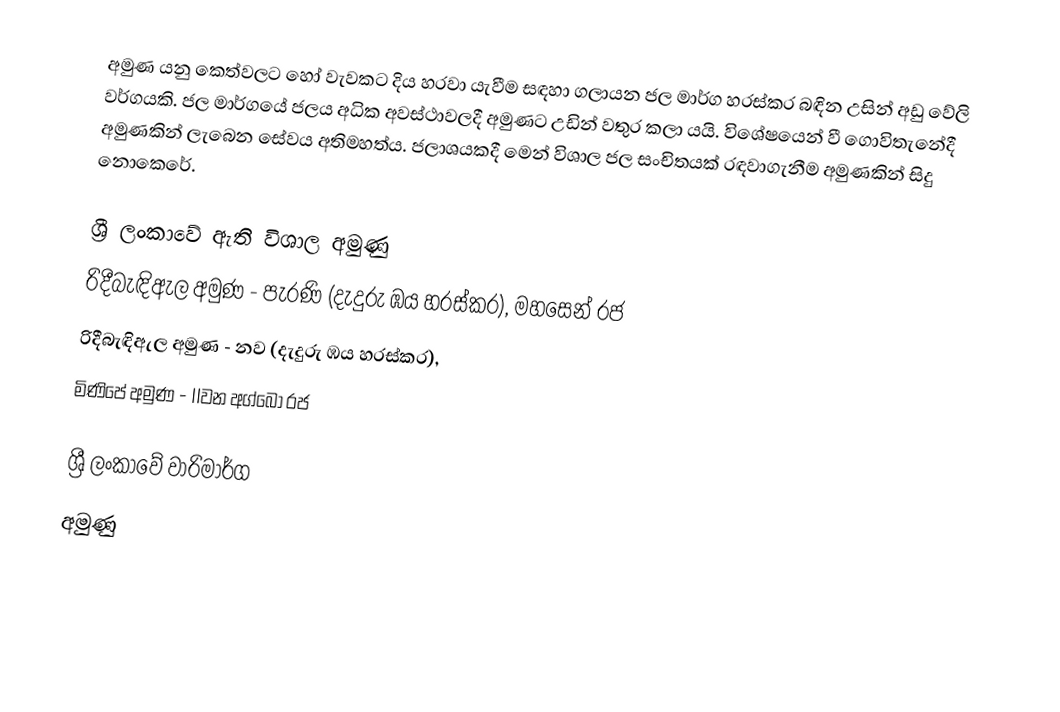
අමුණ යනු කෙත්වලට හෝ වැවක‍ට දිය හරවා යැවීම  සඳහා ගලායන ජල මාර්ග හරස්කර බඳින උසින් අඩු වේලි වර්ගයකි. ජල මාර්ගයේ ජලය අධික අවස්ථාවලදී අමුණට උඩින් වතුර කලා යයි. විශේෂයෙන් වී ගොවිතැනේදී අමුණකින් ලැබෙන සේවය අතිමහත්ය. ජලාශයකදී මෙන් විශාල ජල සංචිතයක් රඳවාගැනීම අමුණකින් සිදු නොකෙරේ.

ශ්‍රී ලංකාවේ ඇති විශාල අමුණු
 රිදීබැඳිඇල අමුණ - පැරණි (දැදුරු ඹය හරස්කර), මහසෙන් රජ
 රිදීබැඳිඇල අමුණ - නව (දැදුරු ඹය හරස්කර),
 මිණිපේ අමුණ - IIවන අග්බො රජ

ශ්‍රී ලංකාවේ වාරිමාර්ග
අමුණු